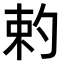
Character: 𠣩